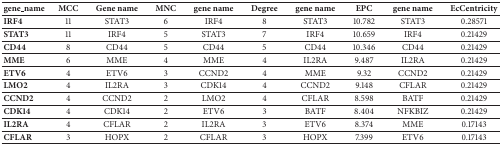
| gene_name | MCC | Gene name | MNC | gene name | Degree | gene name | EPC | gene name | EcCentricity |
 | --- | --- | --- | --- | --- | --- | --- | --- | --- | --- |
 | IRF4 | 11 | STAT3 | 6 | IRF4 | 8 | STAT3 | 10.782 | STAT3 | 0.28571 |
 | STAT3 | 11 | IRF4 | 5 | STAT3 | 7 | IRF4 | 10.659 | IRF4 | 0.21429 |
 | CD44 | 8 | CD44 | 5 | CD44 | 5 | CD44 | 10.346 | CD44 | 0.21429 |
 | MME | 6 | MME | 4 | MME | 4 | IL2RA | 9.487 | IL2RA | 0.21429 |
 | ETV6 | 4 | ETV6 | 3 | CCND2 | 4 | MME | 9.32 | CCND2 | 0.21429 |
 | LMO2 | 4 | IL2RA | 3 | CDK14 | 4 | CCND2 | 9.148 | CFLAR | 0.21429 |
 | CCND2 | 4 | CCND2 | 2 | LMO2 | 4 | CFLAR | 8.598 | BATF | 0.21429 |
 | CDK14 | 4 | CDK14 | 2 | ETV6 | 3 | BATF | 8.404 | NFKBIZ | 0.21429 |
 | IL2RA | 4 | CFLAR | 2 | IL2RA | 3 | ETV6 | 8.374 | MME | 0.17143 |
 | CFLAR | 3 | HOPX | 2 | CFLAR | 3 | HOPX | 7.399 | ETV6 | 0.17143 |